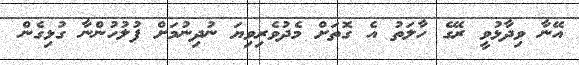
އޭނާ ވިދާޅުވީ ރޭގެ ހާލަތު އެ ގޮތަށް މެދުވެރިވިޔަ ނުދިނުމަށް ފުލުހުންނާ ގުޅިގެން